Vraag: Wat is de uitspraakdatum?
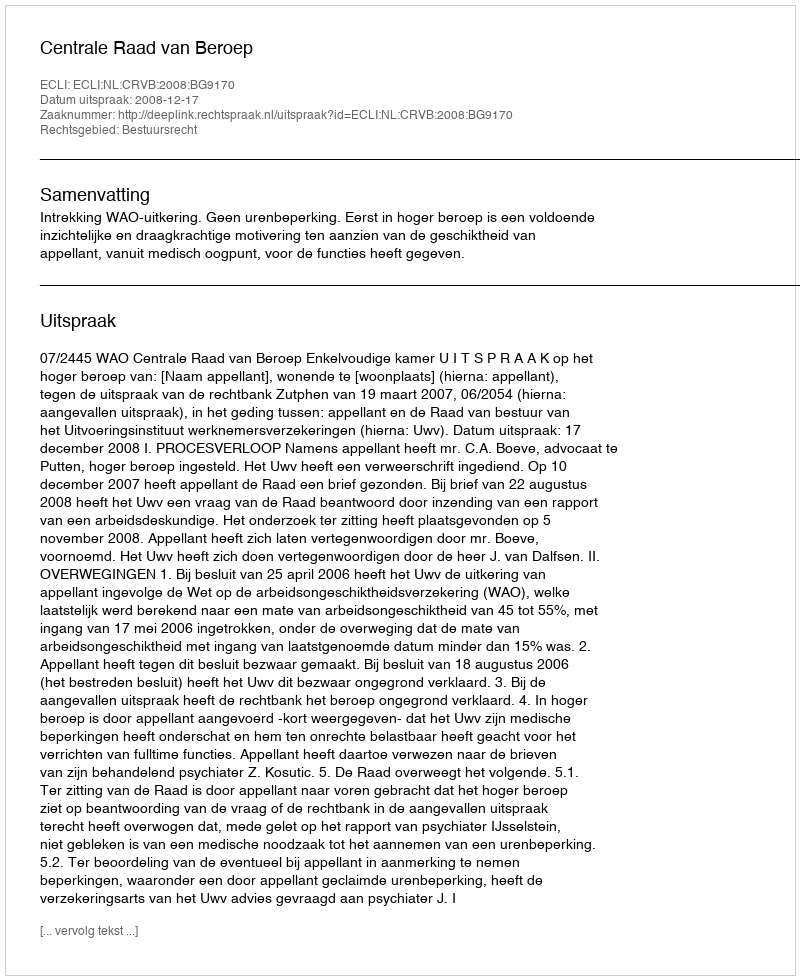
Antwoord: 2008-12-17